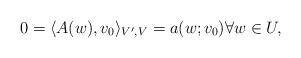
LaTeX: \begin{align*}0 = \langle A(w) , v_0 \rangle_{V', V} = a(w; v_0) \forall w \in U ,\end{align*}